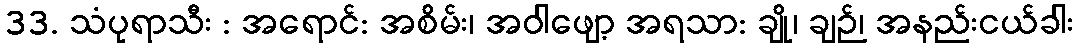
33. သံပုရာသီး : အရောင်: အစိမ်း၊ အဝါဖျော့ အရသာ: ချို၊ ချဉ်၊ အနည်းငယ်ခါး